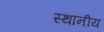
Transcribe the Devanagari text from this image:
स्थानीय